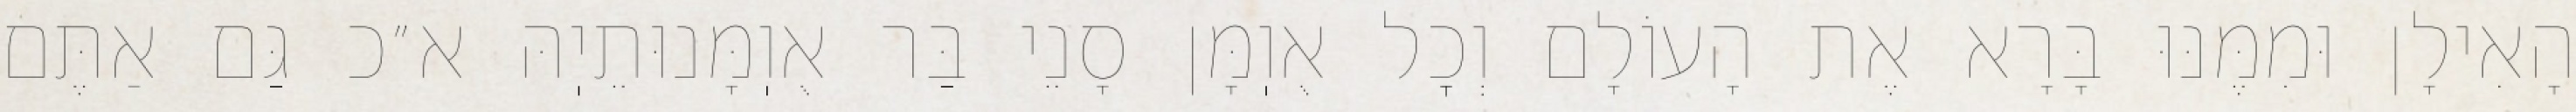
הָאִילָן וּמִמֶּנּוּ בָּרָא אֶת הָעוֹלָם וְכׇל אֻוֽמָּן סָנֵי בַּר אֻוֽמָּנוּתֵיֽהּ א״כ גַּם אַתֶּם